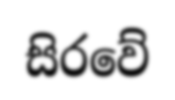
සිරවේ